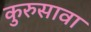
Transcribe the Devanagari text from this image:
कुरुसावा